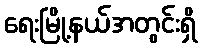
ရေးမြို့နယ်အတွင်းရှိ